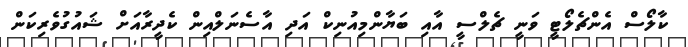
ކާލޯސް އެންޗެލޯޓީ ވަނީ ޗެލްސީ އާއި ބަޔާންމިއުނިކް އަދި އާސެނަލްއިން ކެދީރާއަށް ޝައުގުވެރިކަން